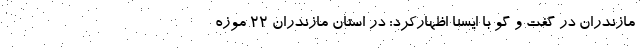
مازندران در گفت و گو با ایسنا اظهارکرد: در استان مازندران ۲۲ موزه